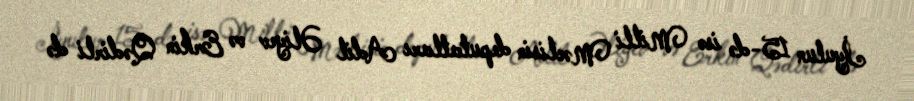
İyulun 15-də isə Milli Məclisin deputatları Adil Əliyev və Erkin Qədirli də